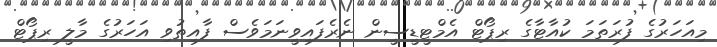
މިއަހަރުގެ ފުރަތަމަ ކުއާޓާގެ ރިޕޯޓް އެމްޓީޑީސީން ނެރެފައިވީނަމަވެސް ފާއިތުވި އަހަރުގެ މާލީ ރިޕޯޓް